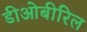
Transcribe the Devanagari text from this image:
डीओबीरिल